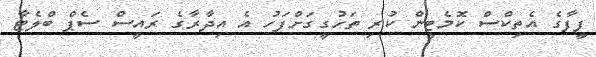
ފީފާގެ އެތިކްސް ކޮމެޓީން ކުރި ތަހުގީގަށްފަހު އެ އިދާރާގެ ރައީސް ސެޕް ބްލެޓާ